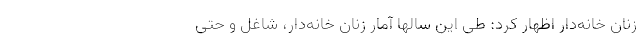
زنان خانه‌دار اظهار کرد: طی این سالها آمار زنان خانه‌دار، شاغل و حتی